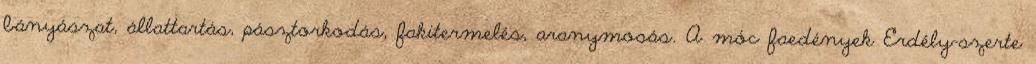
bányászat, állattartás, pásztorkodás, fakitermelés, aranymosás. A móc faedények Erdély-szerte